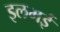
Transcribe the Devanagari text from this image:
इलमई